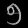
Digit: ၅